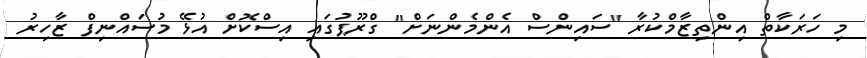
މި ހަރަކާތް އިންތިޒާމްކުރާ "ސައިންސް އެންމެންނަށް" ގްރޫޕުގައި އިސްކޮށް އުޅޭ މުސައްނިފް ޒާހިރު